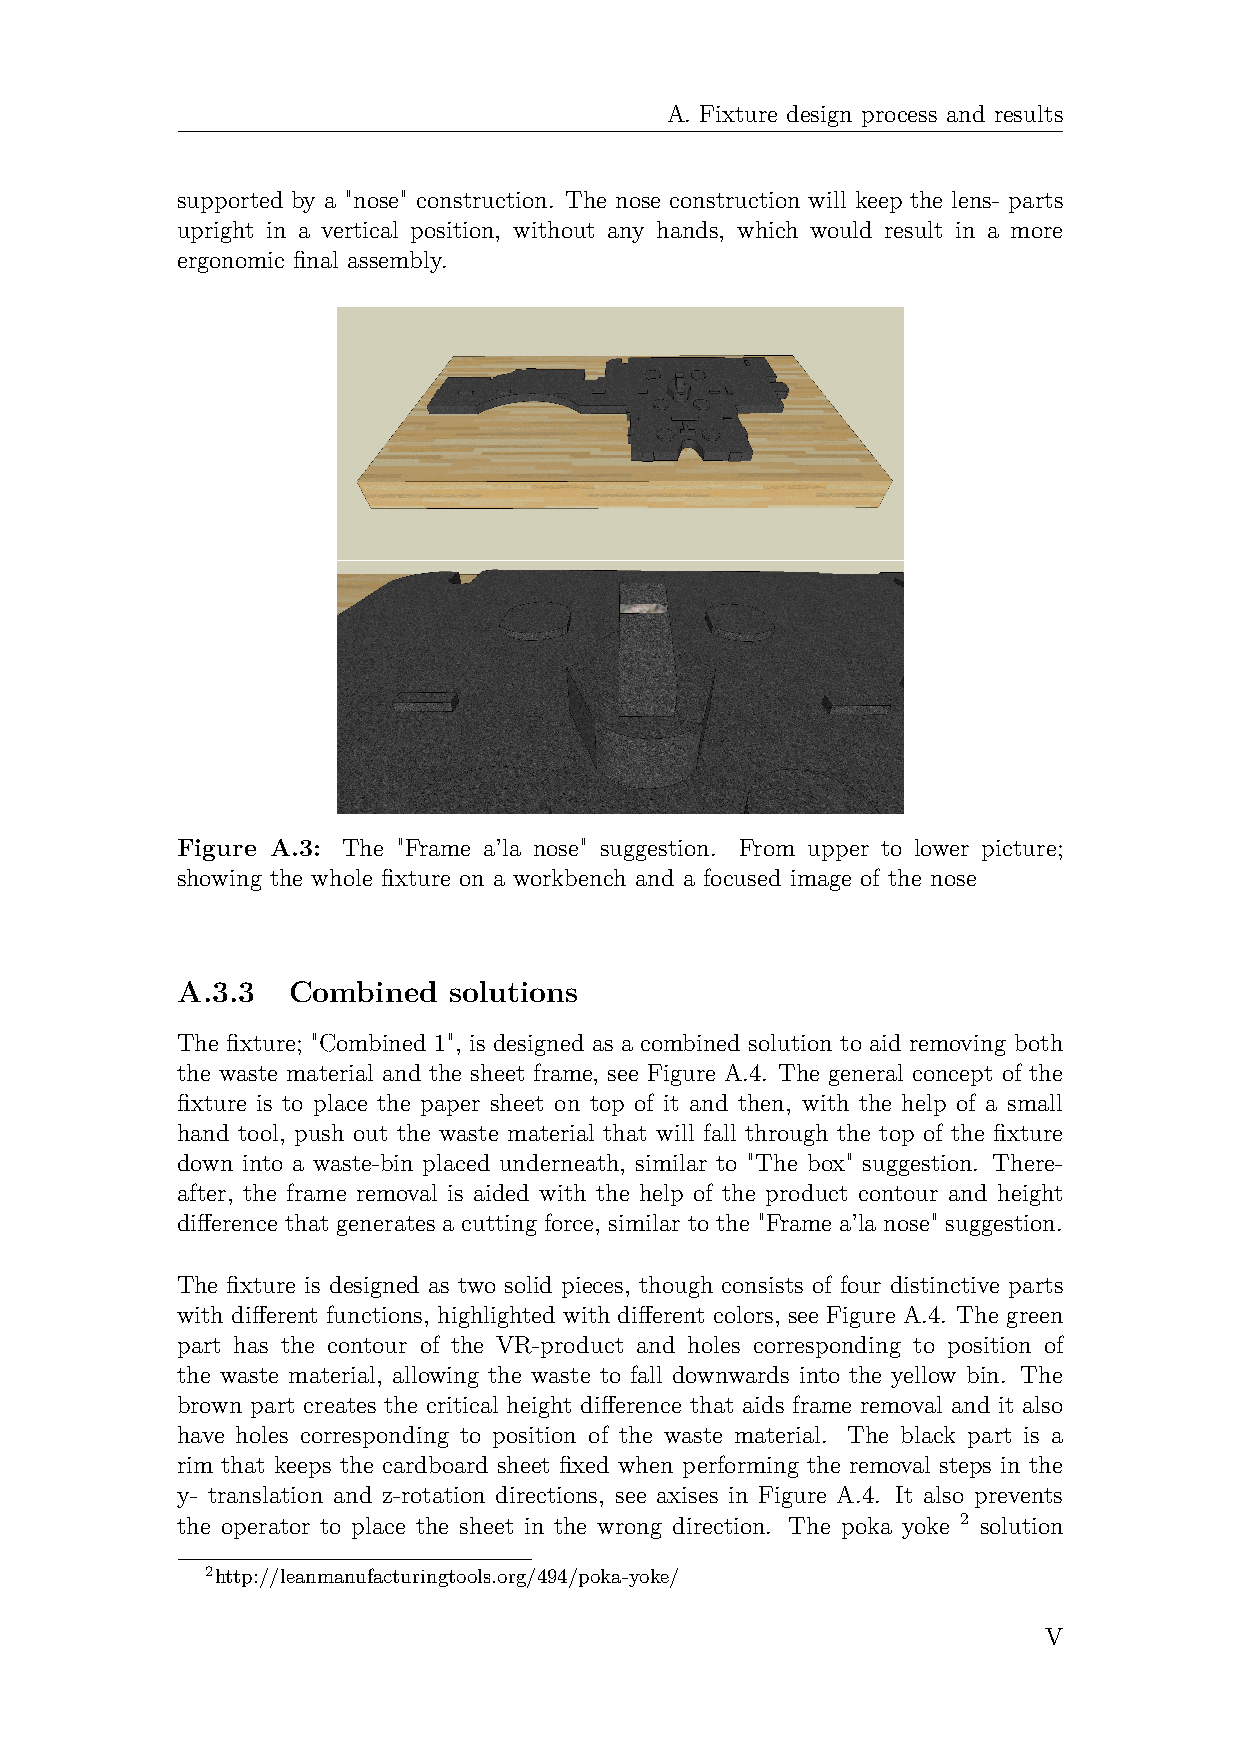
A. Fixture design process and results
 supported by a "nose" construction. The nose construction will keep the lens- parts
 upright in a vertical position, without any hands, which would result in a more
 ergonomic final assembly.
 Figure A.3: The "Frame a’la nose" suggestion. From upper to lower picture;
 showing the whole fixture on a workbench and a focused image of the nose
 A.3.3  Combined   solutions
 The fixture; "Combined 1", is designed as a combined solution to aid removing both
 the waste material and the sheet frame, see Figure A.4. The general concept of the
 fixture is to place the paper sheet on top of it and then, with the help of a small
 hand tool, push out the waste material that will fall through the top of the fixture
 down into a waste-bin placed underneath, similar to "The box" suggestion. There-
 after, the frame removal is aided with the help of the product contour and height
 difference that generates a cutting force, similar to the "Frame a’la nose" suggestion.
 The fixture is designed as two solid pieces, though consists of four distinctive parts
 with different functions, highlighted with different colors, see Figure A.4. The green
 part has the contour of the VR-product and holes corresponding to position of
 the waste material, allowing the waste to fall downwards into the yellow bin. The
 brown part creates the critical height difference that aids frame removal and it also
 have holes corresponding to position of the waste material. The black part is a
 rim that keeps the cardboard sheet fixed when performing the removal steps in the
 y- translation and z-rotation directions, see axises in Figure A.4. It also prevents
 the operator to place the sheet in the wrong direction. The poka yoke 2 solution
 2http://leanmanufacturingtools.org/494/poka-yoke/
 V